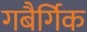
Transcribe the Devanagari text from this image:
गबैर्गिक